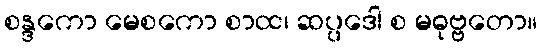
စန္ဒကော မေစကော စာထ၊ ဆပ္ပဒေါ စ မဓုဗ္ဗတော။